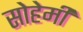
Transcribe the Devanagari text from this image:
सोहेमी